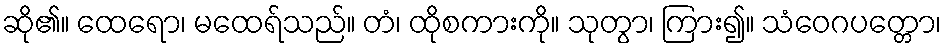
ဆို၏။ ထေရော၊ မထေရ်သည်။ တံ၊ ထိုစကားကို။ သုတွာ၊ ကြား၍။ သံဝေဂပတ္တော၊